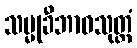
သမ္မုခီဘာဝသုတ္တံ